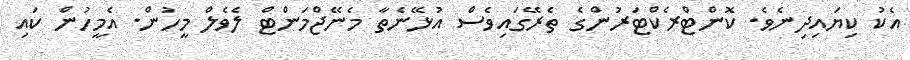
އެކު ކިޔައިދިނެވެ. ކޮންޓްރެކްޓަރުންގެ ތެރޭގައިވެސް އުޅޭނެތާ މެނޭޖްމަންޓް ލެވެލް މީހުން. އެމީހުން ކައި